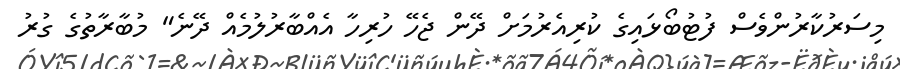
މިސަރުކާރުންވެސް ފުޓުބޯޅައިގެ ކުރިއެރުމަށް ދޭން ޖެހޭ ހުރިހާ އެއްބާރުލުމެއް ދޭނެ" މުބާރާތުގެ ގުރު